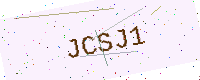
Text: JCSJ1